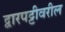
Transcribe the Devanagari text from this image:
द्वारपट्टीवरील